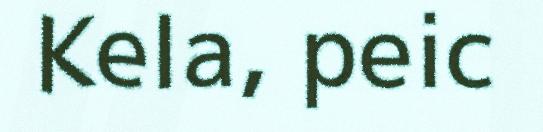
Kela, peic